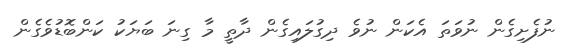
ނުފެށިގެން ނުވަތަ އެކަން ނުވެ ދިގުލައިގެން ދާތީ މާ ގިނަ ބަޔަކު ކަންބޮޑުވެގެން